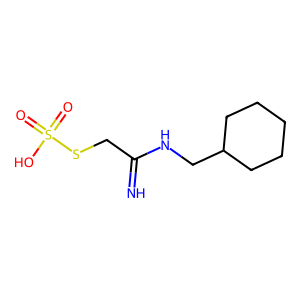
SMILES: N=C(CSS(=O)(=O)O)NCC1CCCCC1
Inhibits HIV replication: No